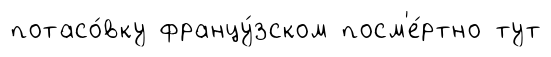
потасо́вку францу́зском посм'е́ртно тут